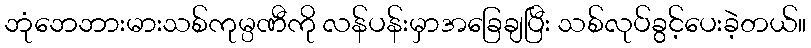
ဘုံဘေဘားမားသစ်ကုမ္ပဏီကို လန်ပန်းမှာအခြေချပြီး သစ်လုပ်ခွင့်ပေးခဲ့တယ်။